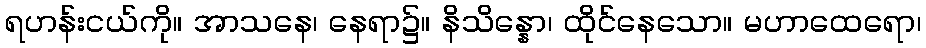
ရဟန်းငယ်ကို။ အာသနေ၊ နေရာ၌။ နိသိန္နော၊ ထိုင်နေသော။ မဟာထေရော၊